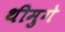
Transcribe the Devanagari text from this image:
थीमुगे